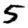
Digit: 5